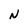
Character: N